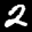
Label: 2